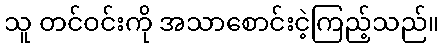
သူ တင်ဝင်းကို အသာစောင်းငဲ့ကြည့်သည်။